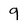
Character: 9